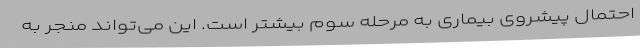
احتمال پیشروی بیماری به مرحله سوم بیشتر است. این می‌تواند منجر به